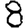
Digit: 8